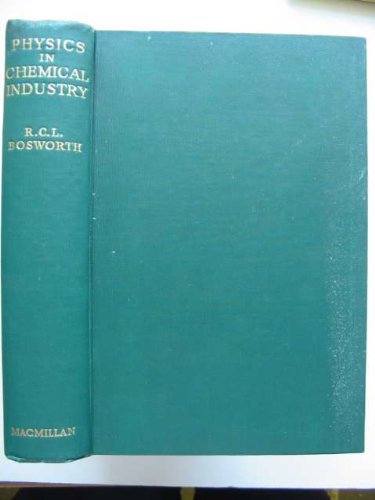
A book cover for Physics in chemical industry; R. C. L Bosworth; Science & Math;